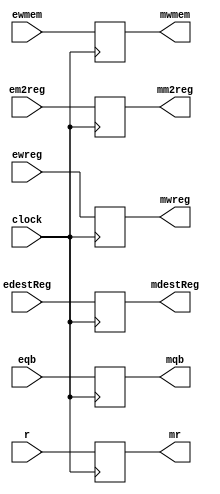
module EXEMEM_pipeline_register(
    input ewreg,
    input em2reg,
    input ewmem,
    input [4:0] edestReg,
    input [31:0] r,
    input [31:0] eqb,
    input clock,
    output reg mwreg,
    output reg mm2reg,
    output reg mwmem,
    output reg [4:0] mdestReg,
    output reg [31:0] mr,
    output reg [31:0] mqb
    );
    always @(posedge clock) begin
        mwreg       <= ewreg; 
        mm2reg      <= em2reg;
        mwmem       <= ewmem;
        mdestReg    <= edestReg;
        mr          <= r;
        mqb         <= eqb;
    end
    
    
endmodule